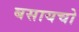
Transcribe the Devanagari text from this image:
बसायचो